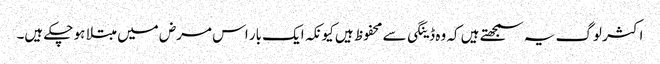
اکثر لوگ یہ سمجھتے ہیں کہ وہ ڈینگی سے محفوظ ہیں کیونکہ ایک بار اس مرض میں مبتلا ہو چکے ہیں۔